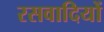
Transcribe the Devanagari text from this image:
रसवादियों